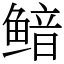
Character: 鿷